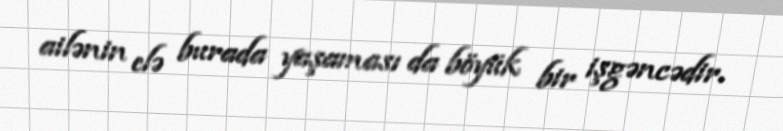
ailənin elə burada yaşaması da böyük bir işgəncədir.